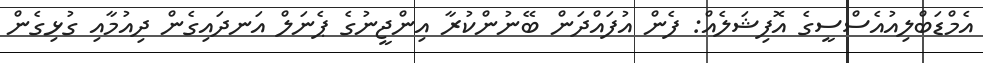
އެމްޑަބްލިއުއެސްސީގެ އޮފިޝަލެއް: ފެން އުފައްދަން ބޭނުންކުރާ އިންޖީނުގެ ޕެނަލް އަނދައިގެން ދިއުމާއި ގުޅިގެން